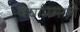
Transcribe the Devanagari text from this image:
वर्षाप्रमाणे